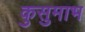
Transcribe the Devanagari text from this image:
कुसुमाभ